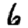
Digit: 6